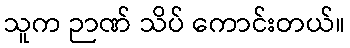
သူက ဉာဏ် သိပ် ကောင်းတယ်။